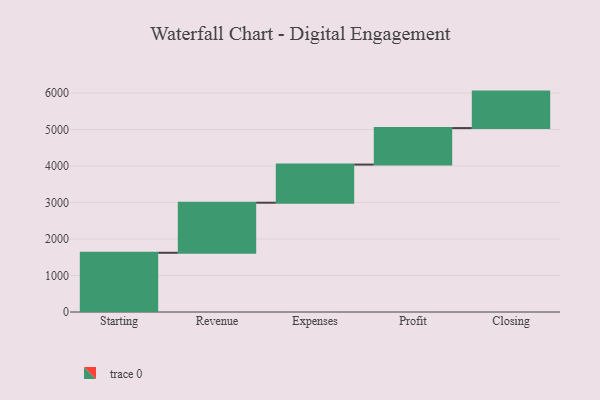
{"axis": {"x": "Step", "y": "Value"}, "legend": [""], "data": [{"x": "Starting", "y": 1623.0, "type": ""}, {"x": "Revenue", "y": 1372.0, "type": ""}, {"x": "Expenses", "y": 1045.0, "type": ""}, {"x": "Profit", "y": 1000, "type": ""}, {"x": "Closing", "y": 1000, "type": ""}]}